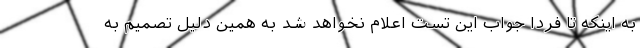
به اینکه تا فردا جواب این تست اعلام نخواهد شد به همین دلیل تصمیم به